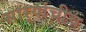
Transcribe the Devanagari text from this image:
सार्‍यांचीच